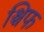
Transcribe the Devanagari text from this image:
श्चिफ